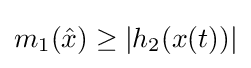
m_{1}({\hat {x}})\geq |h_{2}(x(t))|